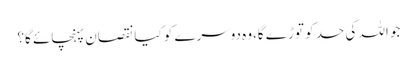
جو اللہ کی حد کو توڑ ے گا،وہ دوسرے کو کیا نقصان پہنچائے گا؟